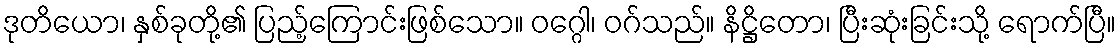
ဒုတိယော၊ နှစ်ခုတို့၏ ပြည့်ကြောင်းဖြစ်သော။ ဝဂ္ဂေါ၊ ဝဂ်သည်။ နိဋ္ဌိတော၊ ပြီးဆုံးခြင်းသို့ ရောက်ပြီ။